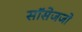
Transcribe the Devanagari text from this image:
सॉसेजजो